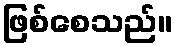
ဖြစ်စေသည်။